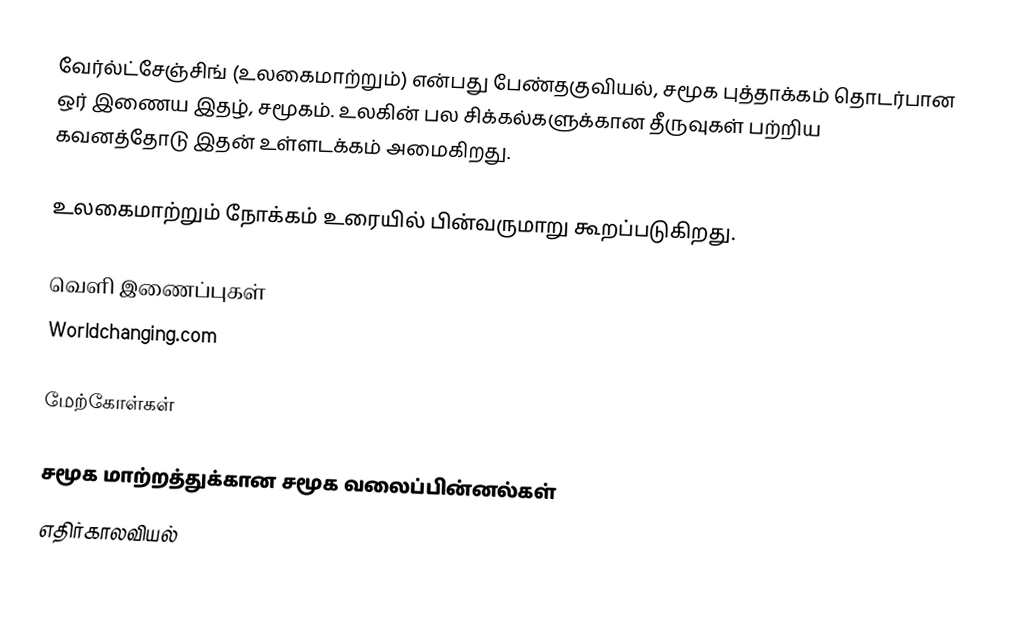
வேர்ல்ட்சேஞ்சிங் (உலகைமாற்றும்) என்பது பேண்தகுவியல், சமூக புத்தாக்கம் தொடர்பான ஒர் இணைய இதழ், சமூகம்.  உலகின் பல சிக்கல்களுக்கான தீருவுகள் பற்றிய கவனத்தோடு இதன் உள்ளடக்கம் அமைகிறது.

உலகைமாற்றும் நோக்கம் உரையில் பின்வருமாறு கூறப்படுகிறது.

வெளி இணைப்புகள்
 Worldchanging.com

மேற்கோள்கள்

சமூக மாற்றத்துக்கான சமூக வலைப்பின்னல்கள்
எதிர்காலவியல்